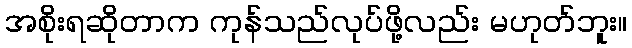
အစိုးရဆိုတာက ကုန်သည်လုပ်ဖို့လည်း မဟုတ်ဘူး။